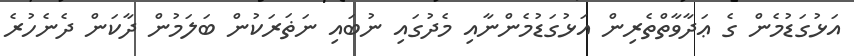
އަޅުގަޑުމެން ގެ ޢަދާވާތްތެރިން އަޅުގަޑުމެންނާއި މެދުގައި ނުބައި ނަޡަރަކުން ބަލަމުން ދާކަން ދެނެހުރެ